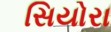
સિયોરા